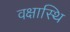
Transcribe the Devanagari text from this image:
वक्षास्थि